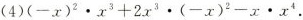
(4)$$(-x)^{2}\cdot x^{3}+2x^{3}\cdot (-x)^{2}-x\cdot x^{4}$$.